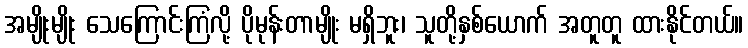
အမျိုးမျိုး သေကြောင်းကြံလို့ ပိုမုန်းတာမျိုး မရှိဘူး၊ သူတို့နှစ်ယောက် အတူတူ ထားနိုင်တယ်။